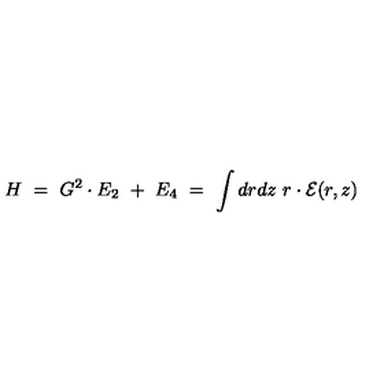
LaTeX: H \ = \ G ^ { 2 } \cdot E _ { 2 } \ + \ E _ { 4 } \ = \ \int d r d z \ r \cdot { \cal E } ( r , z )